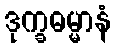
ဒုက္ခဓမ္မာနံ